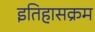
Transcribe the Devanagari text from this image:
इतिहासक्रम